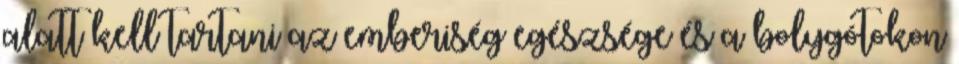
alatt kell tartani az emberiség egészsége és a bolygótokon